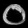
Digit: ၀